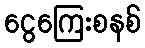
ငွေကြေးစနစ်